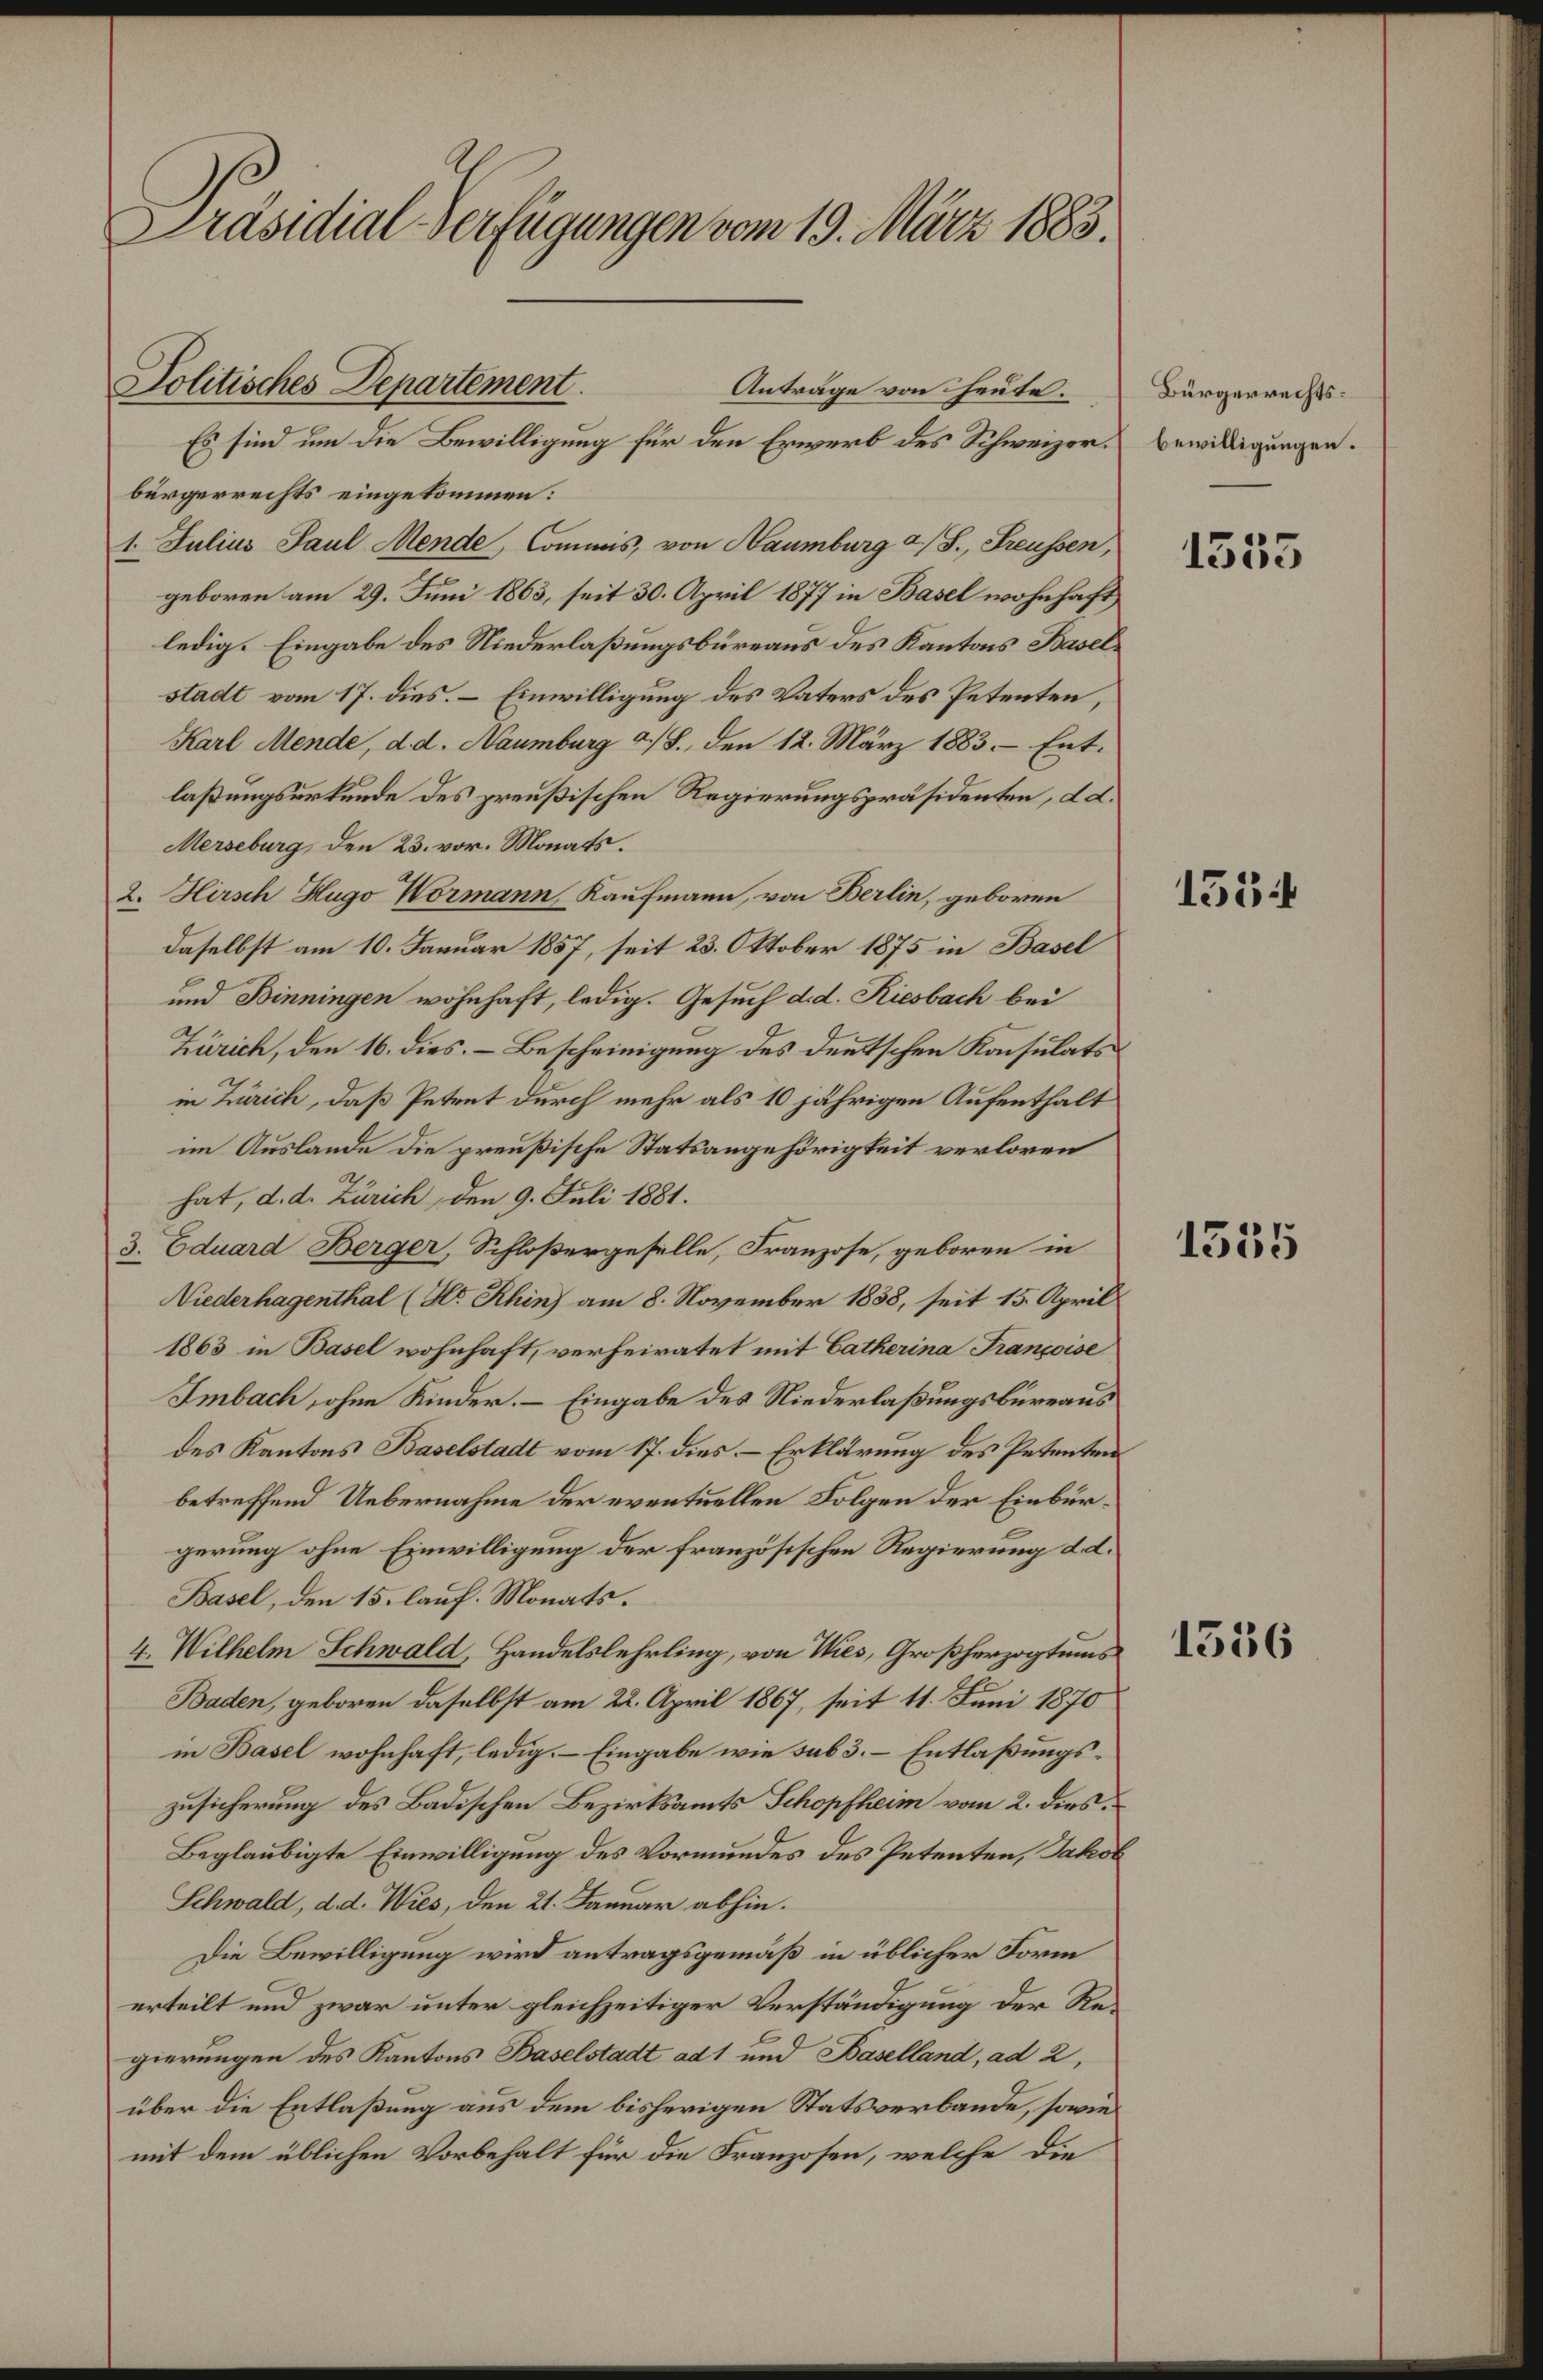
Präsidial-Verfügungen vom 19. März 1883.

Politisches Departement
Anträge von heute.

Es sind um die Bewilligung für den Erwerb des Schweizer.
bürgerrechts eingekommen:
1. Julius Paul Mende, Commis, von Haumburg a/S., Freussen,
geboren am 29. Juni 1863, seit 30. April 1877 in Basel wohnhaft
ledig. Eingabe des Niederlaßungsbüreaus des Kantons Basel
stadt vom 17. dies. – Einwilligung des Vaters des Petenten,
Karl Mende, d. d. Naumburg a/S., den 12. März 1883. Entlaßungsurkunde des preußischen Regierungspräsidenten, d d.
Merseburg, den 23. vor. Monats.
2. Hirsch Hugo Wormann, Kaufmann, von Berlin, geboren
daselbst am 10. Januar 1857, seit 23. Oktober 1875 in Basel
und Binningen wohnhaft, ledig. Gesuch d. d. Riesbach bei
Zürich, den 16. dies. – Bescheinigung des deutschen Konsulats
in Zürich, daß Petent durch mehr als 10 jährigen Aufenthalt
im Auslande die preußische Statsangehörigkeit verloren
hat, d. d. Zürich, den 9. Juli 1881.
3. Eduard Berger, Schloßergeselle, Franzose, geboren in
Niederhagenthal (Hr. Rhin) am 8. November 1858, seit 15. April
1863 in Basel wohnhaft, verheiratet mit Catherina Françoise
Imbach, ohne Kinder. – Eingabe des Niederlaßungsbüreaus
des Kantons Baselstadt vom 17. dies – Erklärung des Petenten
betreffend Uebernahme der eventuellen Folgen der Einbürgerung ohne Einwilligung der französischen Regierung d. d.
Basel, den 15. lauf. Monats.
4. Wilhelm Schwald, Handelslehrling, von Wies, Großherzogtums
Baden, geboren daselbst am 22. April 1867, seit 11. Juni 1870
in Basel wohnhaft, ledig. – Eingabe wie sub 3. – Entlaßungszusicherung des Badischen Bezirksamts Schopfheim vom 2. dies
Beglaubigte Einwilligung des Vormundes des Petenten, Jakob
Schwald, d. d. Wies, den 21. Januar abhin.
Die Bewilligung wird antragsgemäß in üblicher Form
erteilt und zwar unter gleichzeitiger Verständigung der Regierungen des Kantons Baselstadt ad 1 und Baselland, ad 2,
über die Entlaßung aus dem bisherigen Statsverbande, sowie
mit dem üblichen Vorbehalt für die Franzosen, welche die

Bürgerrechtsbewilligungen.

1355

1534

1555

1536